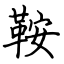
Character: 鞍